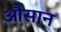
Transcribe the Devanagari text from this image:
औसान